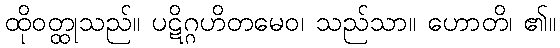
ထိုဝတ္ထုသည်။ ပဋိဂ္ဂဟိတမေဝ၊ သည်သာ။ ဟောတိ၊ ၏။